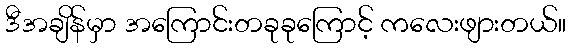
ဒီအချိန်မှာ အကြောင်းတခုခုကြောင့် ကလေးဖျားတယ်။